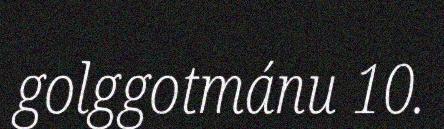
golggotmánu 10.